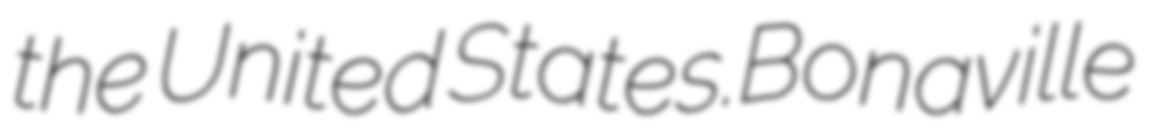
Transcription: the United States.Bonaville